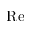
\operatorname { R e }